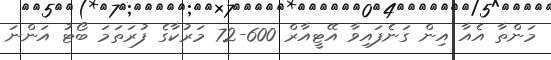
މަންތާ އެއާ އިން ގަނެފައިވާ އޭޓީއާރް 600-72 މަރުކާގެ ފުރަތަމަ ބޯޓު އަންނަ